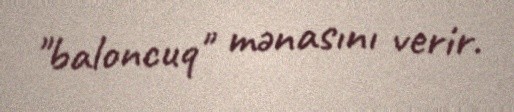
"baloncuq" mənasını verir.